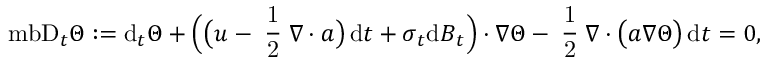
\mathrm { \ m b { D } } _ { t } \Theta : = \mathrm { d } _ { t } \Theta + \Big ( \big ( \boldsymbol { u } - \mathrm { \scriptsize ~ \frac { 1 } { 2 } ~ } \boldsymbol { \nabla } \boldsymbol { \cdot } \boldsymbol { a } \big ) \, \mathrm { d } t + \boldsymbol { \sigma } _ { t } \mathrm { d } \boldsymbol { B } _ { t } \Big ) \boldsymbol { \cdot } \boldsymbol { \nabla } \Theta - \mathrm { \scriptsize ~ \frac { 1 } { 2 } ~ } \boldsymbol { \nabla } \boldsymbol { \cdot } \big ( \boldsymbol { a } \boldsymbol { \nabla } \Theta \big ) \, \mathrm { d } t = 0 ,